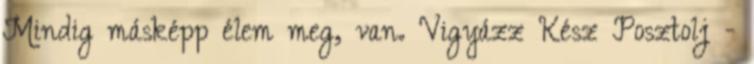
Mindig másképp élem meg, van. Vigyázz Kész Posztolj -